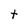
Character: t